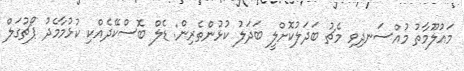
މައުލޫމާތު މުއްސަނދިވި މެޗު ބަދަލުކޮށްލީ ބަދަލު ކުޅުންތެރިން: ޑެލް ބޮސްކޭދެއްކި ކުޅުމާމެދު ޕޯޗުގަލް